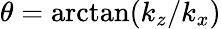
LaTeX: \theta=\arctan({k_{z}/k_{x}})